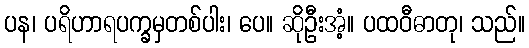
ပန၊ ပရိဟာရပက္ခမှတစ်ပါး၊ ပေ။ ဆိုဦးအံ့။ ပထဝီဓာတု၊ သည်။